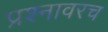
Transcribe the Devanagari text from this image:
प्रश्नावरच